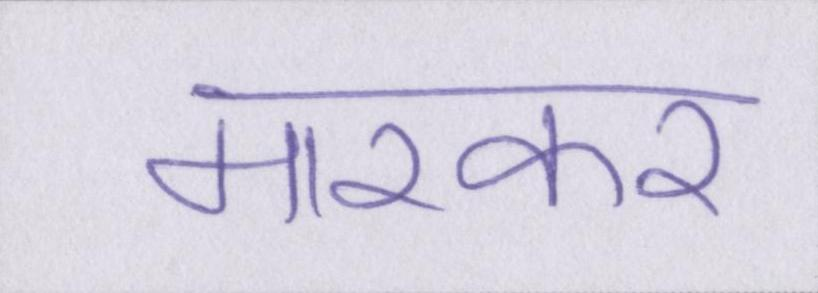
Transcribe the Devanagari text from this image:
मारकर